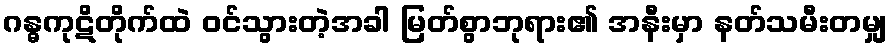
ဂန္ဓကုဋိတိုက်ထဲ ဝင်သွားတဲ့အခါ မြတ်စွာဘုရား၏ အနီးမှာ နတ်သမီးတမျှ